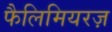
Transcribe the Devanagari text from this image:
फैलिमियरज़